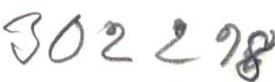
302298